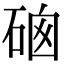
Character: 𥓁